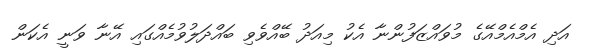
އަދި އެމްއެމްއޭގެ މުވައްޒަފުންނާ އެކު މިއަދު ބޭއްވެވި ބައްދަލުވުމެއްގައި އޭނާ ވަނީ އެކަން